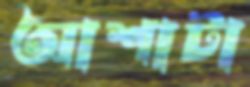
আশাটা